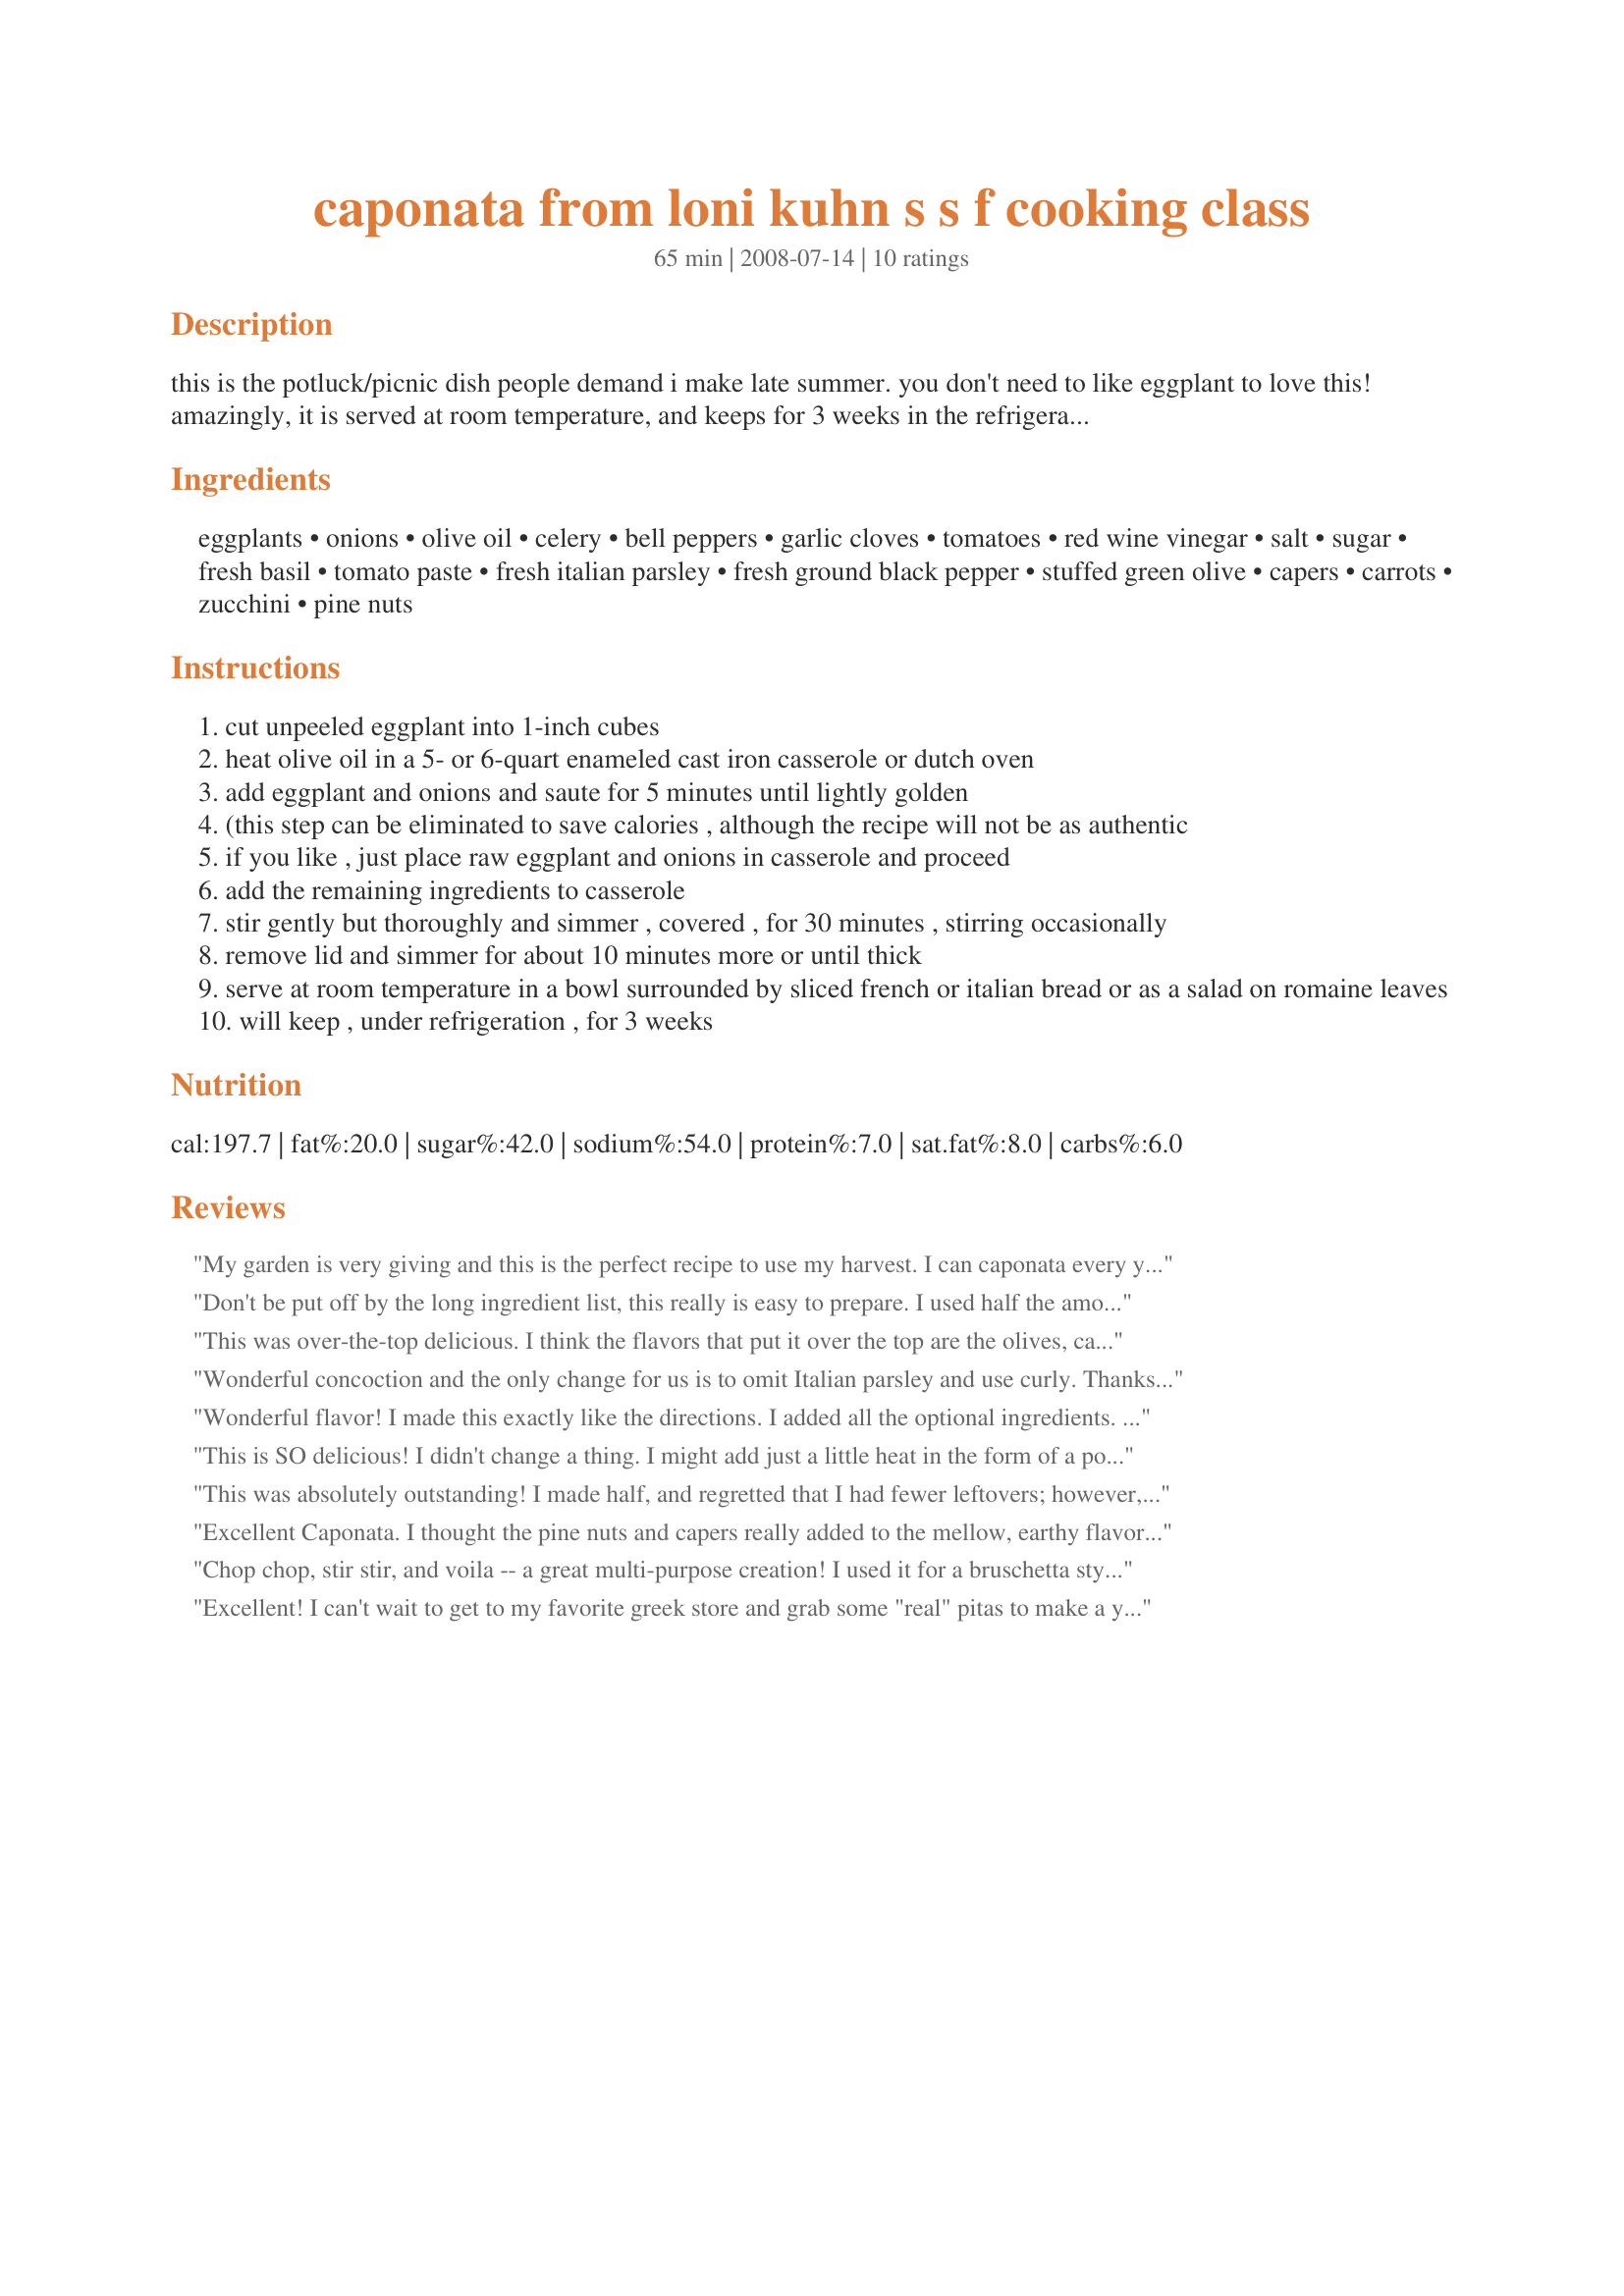
caponata from loni kuhn s s f cooking class
Preparation time: 65 minutes

this is the potluck/picnic dish people demand i make late summer. you don't need to like eggplant to love this! amazingly, it is served at room temperature, and keeps for 3 weeks in the refrigerator. i have been carrying this recipe with me since 1977 from the may issue of bon appetit, and each time i move, the panic doesn't leave until i locate this recipe again! rita posted a canning version of this recipe, if you want to enjoy this year-round: recipe #462221 #462221.

Ingredients:
eggplants, onions, olive oil, celery, bell peppers, garlic cloves, tomatoes, red wine vinegar, salt, sugar, fresh basil, tomato paste, fresh italian parsley, fresh ground black pepper, stuffed green olive, capers, carrots, zucchini, pine nuts

Steps:
cut unpeeled eggplant into 1-inch cubes
heat olive oil in a 5- or 6-quart enameled cast iron casserole or dutch oven
add eggplant and onions and saute for 5 minutes until lightly golden
(this step can be eliminated to save calories , although the recipe will not be as authentic
if you like , just place raw eggplant and onions in casserole and proceed
add the remaining ingredients to casserole
stir gently but thoroughly and simmer , covered , for 30 minutes , stirring occasionally
remove lid and simmer for about 10 minutes more or until thick
serve at room temperature in a bowl surrounded by sliced french or italian bread or as a salad on romaine leaves
will keep , under refrigeration , for 3 weeks

Reviews:
My garden is very giving and this is the perfect recipe to use my harvest. I can caponata every year here are some http://www.food.com/recipe-finder/all/caponata?chef=58104. Since I made this to be canned I did make some changes to get the pH level to under 4.5.<br/>I did add 1 tablespoon fresh oregano and 1/2 cup raisins. I used kalamata olives, 6 cups diced eggplant, 2 cups diced zukes. 1/4 cup sugar, 6 cloves garlic, 2 tablespoons canning salt, 1 teaspoon black pepper, I skipped the tomato paste didn`t have any :( my fault, 1/4 cup capers, oil was used just as much as needed to cook the veggies. I used 1/2 cup of 5 percent vinegar to bring the pH levels for safe canning. Didn't come to were I felt comfortable with the pH so then just to be sure went and added 1/4 cup lemon juice. Didn't add carrots. I used the food processor for many of the veggies to get small. I did simmer for 30 minutes to reduce. Canning 14-1/2 pint jars. Tasty good!
Don't be put off by the long ingredient list, this really is easy to prepare. I used half the amount of olive oil and it was wonderful. Don't overcook this as the eggplant will get mushy. So many veggies makes you feel good as you enjoy this tasty treat. I served it with a sliced baguette and plan to serve the left-overs over noodles. Thanks Kate!
This was over-the-top delicious. I think the flavors that put it over the top are the olives, capers and pine nuts. I toasted my pine nuts in my toaster oven instead of browning them in olive oil. Really, really yummy, Kate! Thank you for posting this! Made for 123 Hits.
Wonderful concoction and the only change for us is to omit Italian parsley and use curly. Thanks for a wonderful recipe.Also the fact that it keeps so long makes it even more desirable.
Wonderful flavor! I made this exactly like the directions. I added all the optional ingredients. The next time I make it I will decrease the sugar a little and add additional garlic. I initially served it warm on toasted bagel crackers! It was delicious. I've had it since then cold and the flavor seems to be even better after being refrigerated overnight. One word of caution from my mistake is not to overlook the eggplant or it will fall apart easily. I was concerned it would stay crunchy so I cooked it a bit too long before adding the other ingredients. Will absolutely make this again! It's healthy and delicious!
This is SO delicious! I didn't change a thing. I might add just a little heat in the form of a poblano or hot pepper flakes for variety, and/or garnish with feta cheese. but I really thought it was lovely as is.
This was absolutely outstanding! I made half, and regretted that I had fewer leftovers; however, I doubt the entire recipe would have fit into my Le Crueset pan anyway. I used less oil, olives and pine nuts to cut down on the calories. I forgot to add the garlic, I guess I just got too busy thinking about all the other veggies I was chopping. I did the preparation ahead, covered and put in refrigerator, then took it out to cook for the allotted time (no more). The amount of liquid left was perfect. Great filling for a sandwich. My boyfriend loves caponata, but hates all the oil in it when he buys it in a jar. He really loved this recipe, even though at first he was skeptical (don't ask me why, as I was sure he would love this, but in the end he really did). Oh, one more thing, I included capers and carrots. Really great, thanks Kate!
Excellent Caponata. I thought the pine nuts and capers really added to the mellow, earthy flavor. I halved the recipe and made as directed (used a jar of tomatoes I canned last year and included the capers and carrots). And I agree with cookiedog, the ingredient list is long, but this was a snap to put together! Thank you for sharing.
Chop chop, stir stir, and voila -- a great multi-purpose creation! I used it for a bruschetta style appy. But I can see it would be wonderful over pasta, as a sauce, or stuffing a potato or squash.
Excellent! I can't wait to get to my favorite greek store and grab some "real" pitas to make a yummy sandwich with this! I made this exactly as posted, adding the carrots, zucchini, and capers. My tomatoes must have been really juicy, because I had to simmer mine a little longer to get the right consistency. I loved the addition of toasted pine nuts. Thanks for posting this delicious caponata! Made for PRMR.
